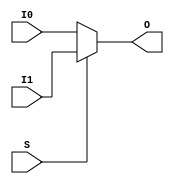
// Technology independent version of MUXF7 and MUXF8.
//
// This file should not be included while targeting Xilinx so that
// the MUXF7/MUXF8 primitives in the Xilinx simulation/synthesis
// will be used instead.
module MUXF7 (output O, input I0, input I1, input S);
	assign O = (S)? I1 : I0;
endmodule

module MUXF8 (output O, input I0, input I1, input S);
	assign O = (S)? I1 : I0;
endmodule